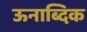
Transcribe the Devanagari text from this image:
ऊनाब्दिक